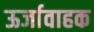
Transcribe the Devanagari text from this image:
ऊर्जावाहक